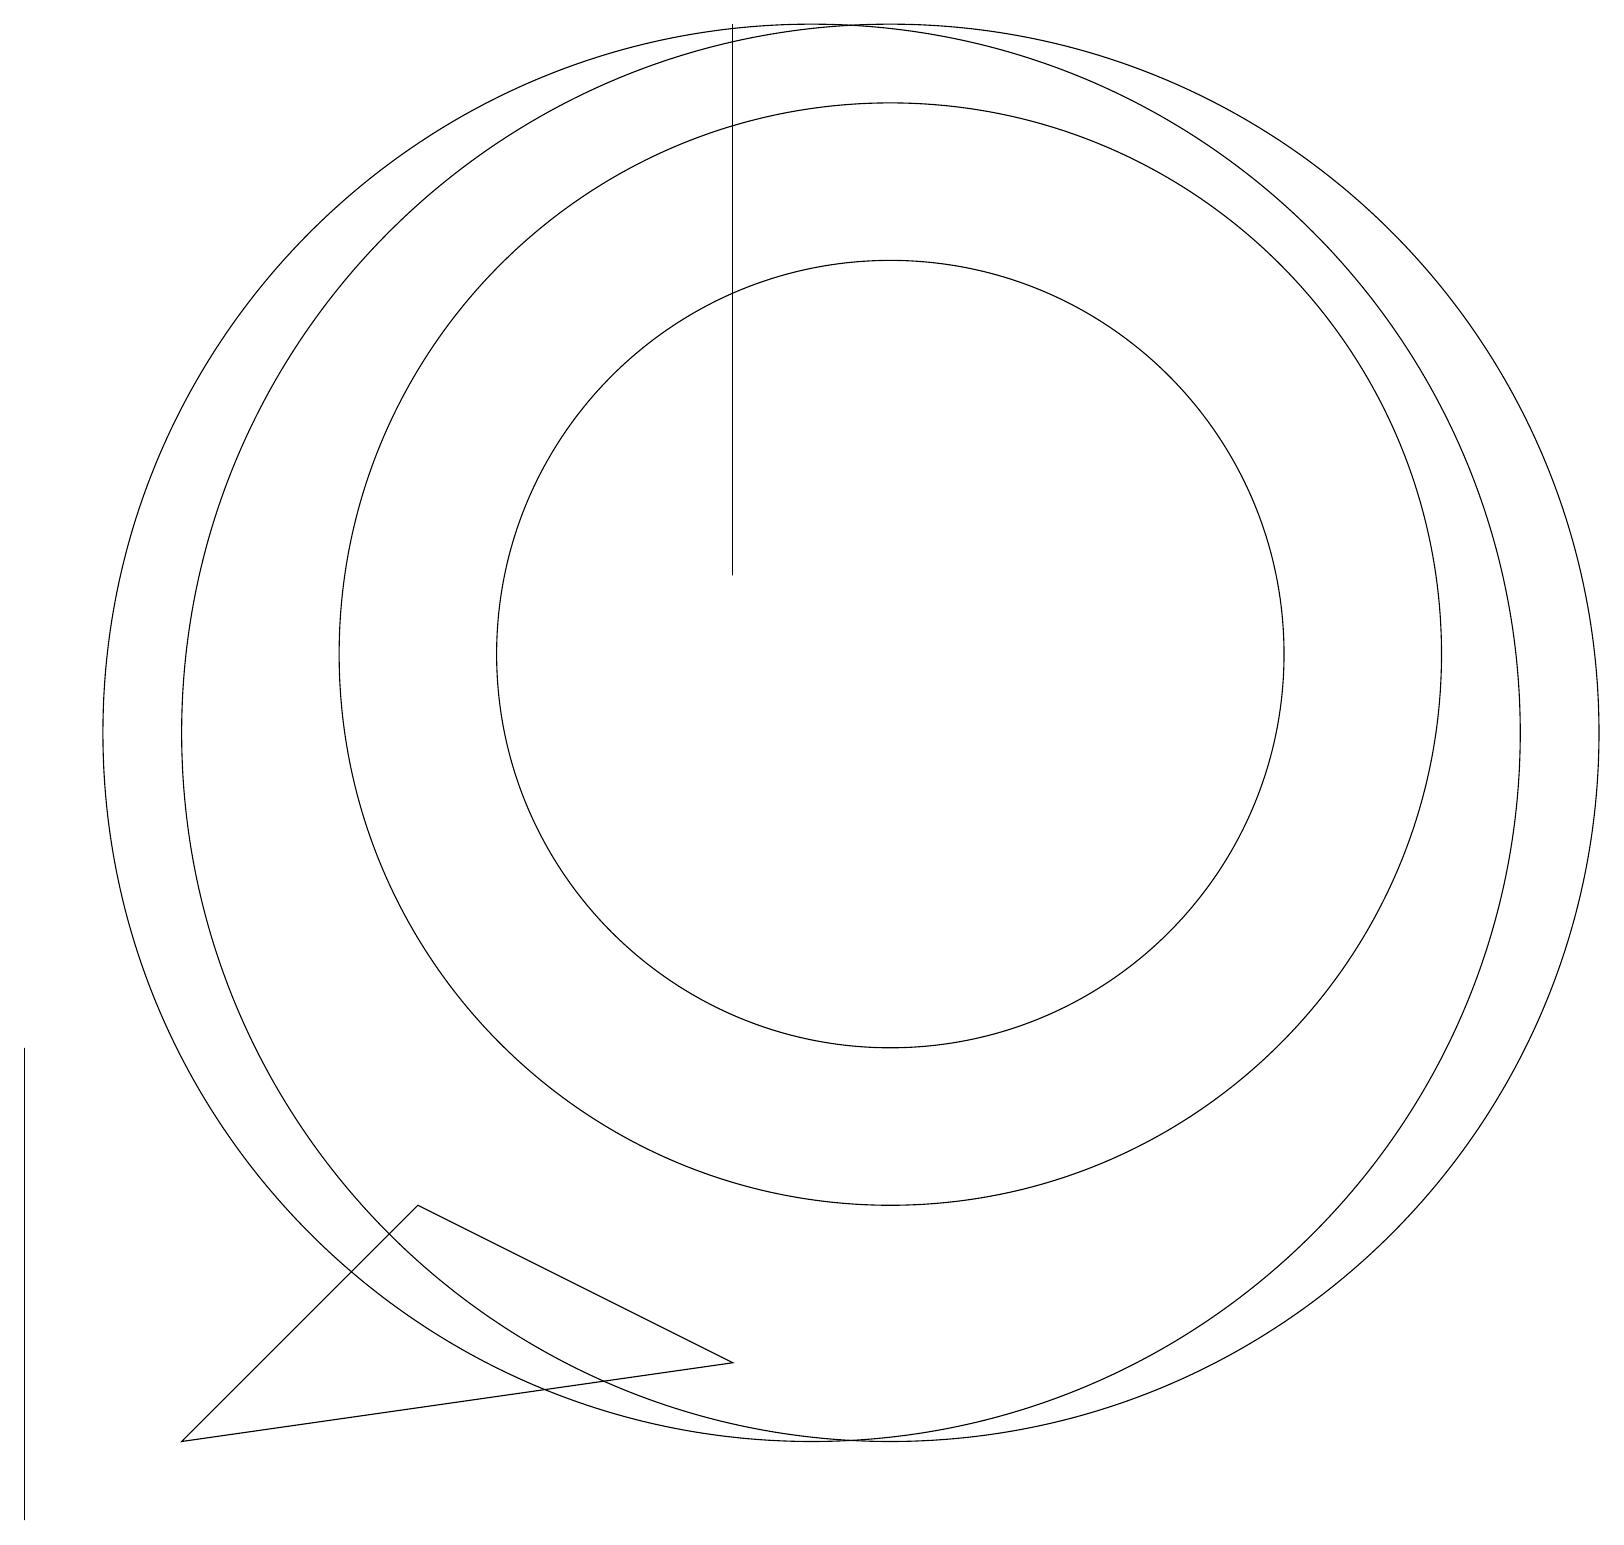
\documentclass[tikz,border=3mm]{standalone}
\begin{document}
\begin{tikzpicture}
\draw (11,11) circle (5);
\draw (11,10) circle (9);
\draw (0,4) -- (0,6) -- (0,0) -- cycle;
\draw (11,11) circle (7);
\draw (10,10) circle (9);
\draw (9,2) -- (5,4) -- (2,1) -- cycle;
\draw (9,12) rectangle (9,19);
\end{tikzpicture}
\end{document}